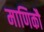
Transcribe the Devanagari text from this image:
माणिकौ